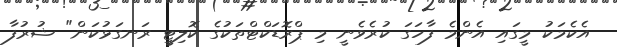
އެކެމަކު މީގައި އެންމެ ފާހަގަ ކުރެވެނީ މި ޕްރޮޑަކްޓްތަކުގެ ކޮލިޓީ ރަނގަޅުކަން" ޝުރުފާ